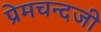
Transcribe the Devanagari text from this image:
प्रेमचन्दजी